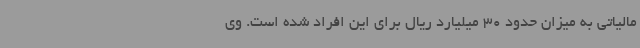
مالیاتی به میزان حدود 30 میلیارد ریال برای این افراد شده است. وی